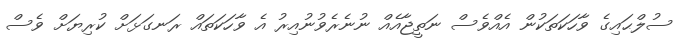
ސުލްޙައިގެ ވާހަކަތަކުން އެއްވެސް ނަތީޖާއެއް ނުނެރެވުނުއިރު އެ ވާހަކަތައް ރަނގަޅަށް ކުރިޔަށް ވެސް